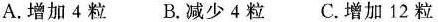
A.增加4粒 B.减少4粒 C.增加12粒